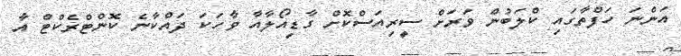
އަންނަ ހަފްތާގައި ކްލަބުން ވަރަށް ސީރިއަސްކޮށް ގާޑިއޯލާއާ ވާހަކަ ދައްކާނެ ކޮންޓްރެކްޓް އާ